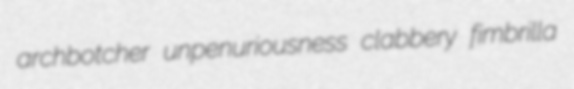
archbotcher unpenuriousness clabbery fimbrilla